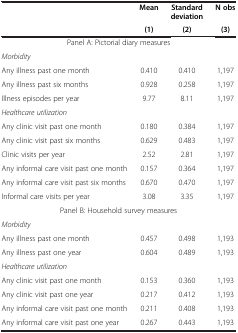
<table><thead><tr><td><b> </b></td><td><b>Mean</b></td><td><b>Standard deviation</b></td><td><b>N obs</b></td></tr><tr><td><b> </b></td><td><b>(1)</b></td><td><b>(2)</b></td><td><b>(3)</b></td></tr></thead><tbody><tr><td> </td><td colspan="2">Panel A: Pictorial diary measures</td><td> </td></tr><tr><td><i>Morbidity</i></td><td> </td><td> </td><td> </td></tr><tr><td>Any illness past one month</td><td>0.410</td><td>0.410</td><td>1,197</td></tr><tr><td>Any illness past six months</td><td>0.928</td><td>0.258</td><td>1,197</td></tr><tr><td>Illness episodes per year</td><td>9.77</td><td>8.11</td><td>1,197</td></tr><tr><td><i>Healthcare utilization</i></td><td> </td><td> </td><td> </td></tr><tr><td>Any clinic visit past one month</td><td>0.180</td><td>0.384</td><td>1,197</td></tr><tr><td>Any clinic visit past six months</td><td>0.629</td><td>0.483</td><td>1,197</td></tr><tr><td>Clinic visits per year</td><td>2.52</td><td>2.81</td><td>1,197</td></tr><tr><td>Any informal care visit past one month</td><td>0.157</td><td>0.364</td><td>1,197</td></tr><tr><td>Any informal care visit past six months</td><td>0.670</td><td>0.470</td><td>1,197</td></tr><tr><td>Informal care visits per year</td><td>3.08</td><td>3.35</td><td>1,197</td></tr><tr><td> </td><td colspan="2">Panel B: Household survey measures</td><td> </td></tr><tr><td><i>Morbidity</i></td><td> </td><td> </td><td> </td></tr><tr><td>Any illness past one month</td><td>0.457</td><td>0.498</td><td>1,193</td></tr><tr><td>Any illness past one year</td><td>0.604</td><td>0.489</td><td>1,193</td></tr><tr><td><i>Healthcare utilization</i></td><td> </td><td> </td><td> </td></tr><tr><td>Any clinic visit past one month</td><td>0.153</td><td>0.360</td><td>1,193</td></tr><tr><td>Any clinic visit past one year</td><td>0.217</td><td>0.412</td><td>1,193</td></tr><tr><td>Any informal care visit past one month</td><td>0.211</td><td>0.408</td><td>1,193</td></tr><tr><td>Any informal care visit past one year</td><td>0.267</td><td>0.443</td><td>1,193</td></tr></tbody></table>